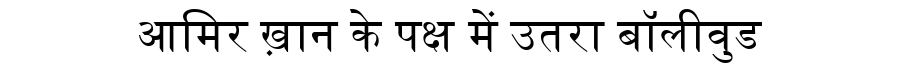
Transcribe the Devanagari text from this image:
आमिर ख़ान के पक्ष में उतरा बॉलीवुड